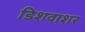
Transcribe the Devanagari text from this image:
डिशवाशर